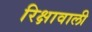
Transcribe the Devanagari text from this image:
रिक्षावाली